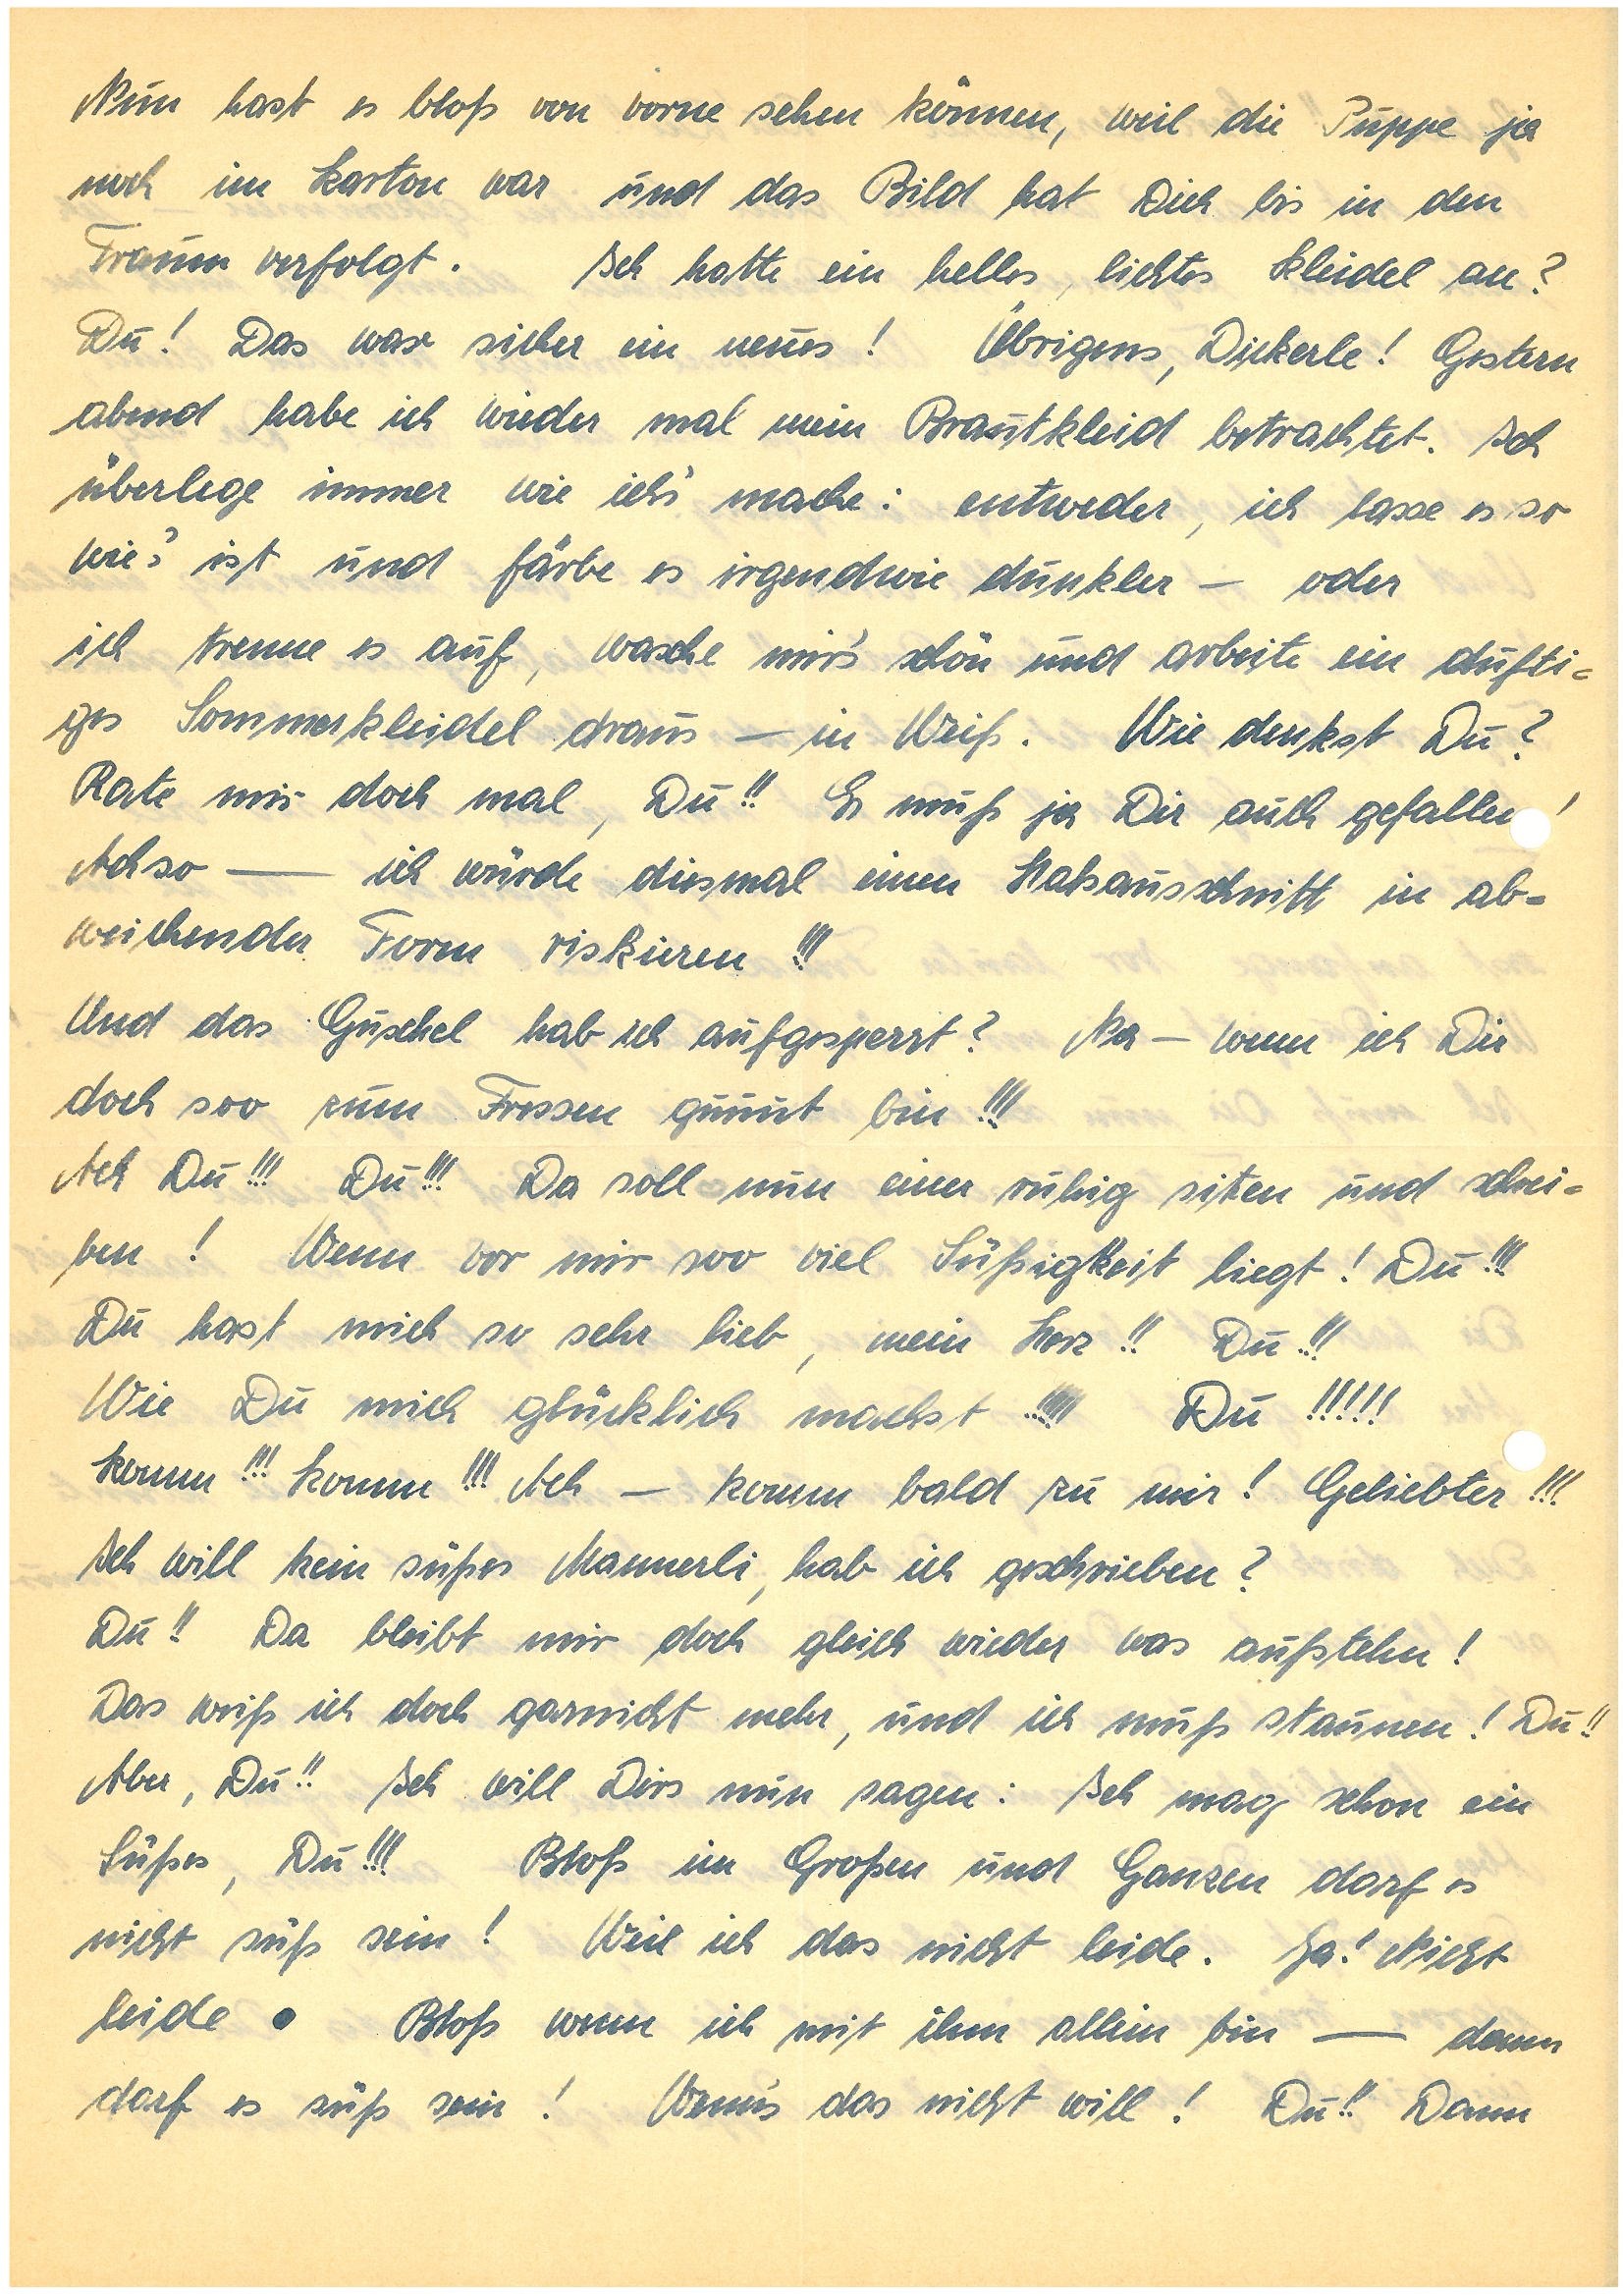
Nun hast Du es bloß von vorne sehen können, weil die Puppe ja
noch im Karton war und das Bild hat Dich bis in den
Traum verfolgt. Ich hatte ein helles, lichte Kleidel an? Du!
Das war sicher ein neues! Übrigens, Dickerle! Gestern
abend habe ich wieder mal mein Brautkleid betrachtet. Ich
überlege immer wie ich’s mache: entweder, ich lasse es so
wie’s ist und färbe es irgendwie dunkler – oder
ich trenne es auf, wasche mir’s schön und arbeite ein dufti¬
ges Sommerkleidl draus – in Weiß. Wie denkst Du?
Rate mir doch mal, Du!! Es muß ja Dir auch gefalle!
Achso – ich würde diesmal einen Halsausschnitt in ab¬
weichender Form riskieren!!!
Und das Guschel hab ich aufgesperrt? Na – wenn ich Dir
doch soo zum Fressen guuut bin!!!
Ach Du!!! Du!!! Da soll nun einer ruhig sitzen und schrei¬
ben! Wenn vor mir soo viel Süßigkeit liegt! Du!!!
Du hast mich so sehr lieb, mein Herz!! Du!!!
Wie Du mich glücklich machst!!!!! Du!!!!!
Komm!!! Komm!!! Ach — komm bald zu mir! Geliebter!!!
Ich will kein süßes Mannerli, hab ich geschrieben?
Du!! Da bleibt mir doch gleich wieder was aufstehn!
Das weiß ich doch garnicht mehr, und ich muß staunen! Du!!
Aber, Du!! Ich will Dirs nun sagen: Ich mag schon ein
Süßes, Du!!! Bloß im Großen und Ganzen darf es
nicht süß sein! Weil ich das nicht leide. Ja! Nicht
leide. Bloß wenn ich mit ihm allein bin – dann
darf es süß sein! Wenn’s das nicht will! Du!! Dann